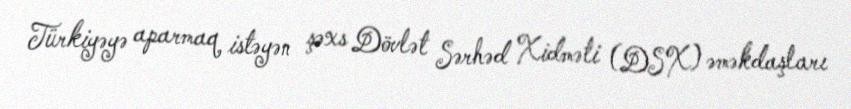
Türkiyəyə aparmaq istəyən şəxs Dövlət Sərhəd Xidməti (DSX) əməkdaşları